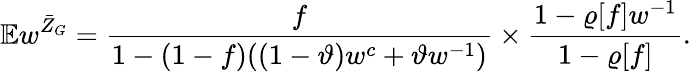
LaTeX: \mathbb{E}w^{\bar{Z}_{G}}=\frac{f}{1-(1-f)((1-\vartheta)w^{c}+\vartheta w^{-1})}\times\frac{1-\varrho[f]w^{-1}}{1-\varrho[f]}.